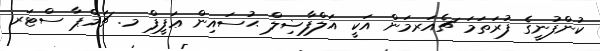
ކުންފުނީގެ ފުރަތަމަ ޗެއަރމަން އަކީ އަލްފާޟިލް ޙުސައިން ޢަފީފް މ. ޗަމްޕާ ސްޓަރ